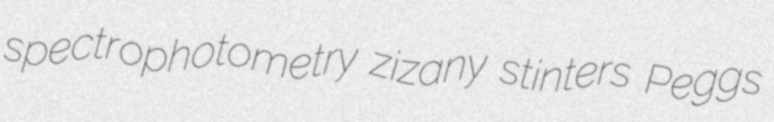
spectrophotometry zizany stinters Peggs